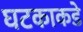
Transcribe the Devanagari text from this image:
घटकाकडे